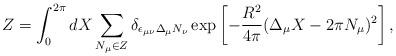
LaTeX: \begin{align*}Z = \int_0^{2\pi} dX \sum_{N_{\mu} \in Z} \delta_{\epsilon_{\mu \nu} \Delta_{\mu} N_{\nu}} \exp\left[- \frac{R^2}{4\pi}(\Delta_{\mu}X-2\pi N_{\mu})^2\right],\end{align*}